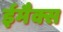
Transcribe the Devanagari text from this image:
ईमैक्स